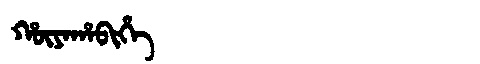
Manchu: ᡥᡡᠶᠠᡥᠠᠪᡳᡥᡝ
Romanization: HŪYAHABIHE